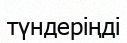
түндеріңді